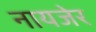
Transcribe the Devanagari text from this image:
नायजेर